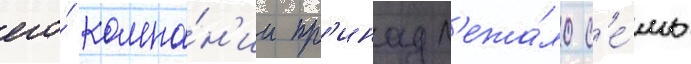
его́ компа́н'ии пр'инадл'ежа́ло с'е́мь